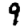
Digit: 9